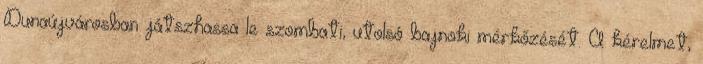
Dunaújvárosban játszhassa le szombati, utolsó bajnoki mérkőzését. A kérelmet,